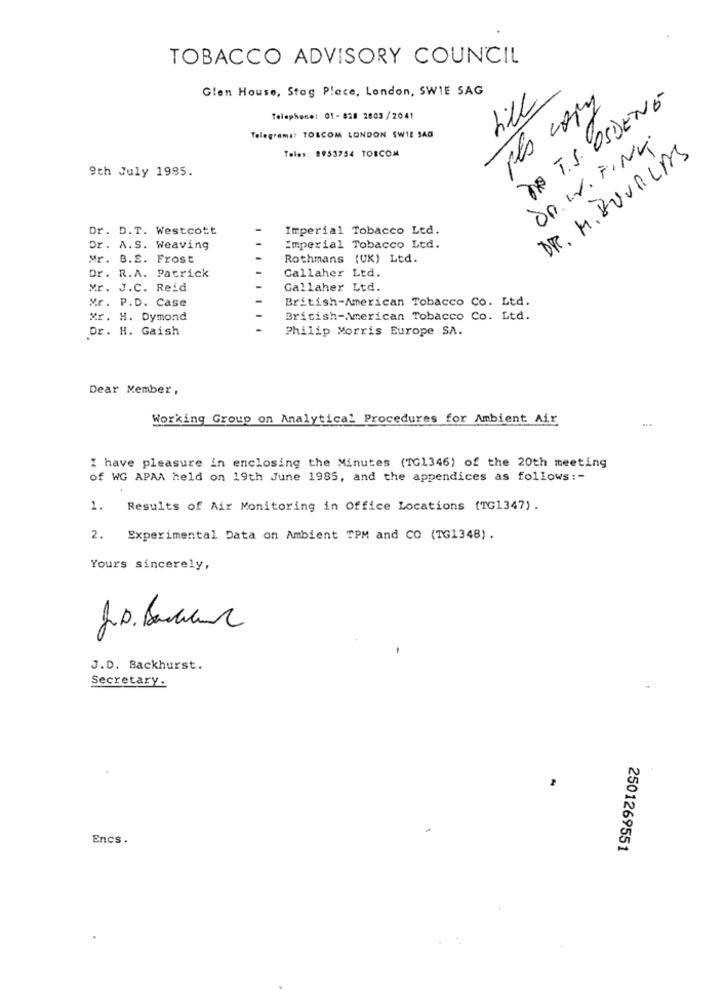
TOBACCO ADVISORY COUNCIL
Glen House, Stag Place, London, SWIE SAG
till
DE T.S. OSDENE
pes copy
Telephone: 01-828 2003/2041
Telegrama: TOLCOM LONDON SW1L SAG
DR. W. FINK
Teles: 8953754 TOBCOM
DR. M. BUVALAS
9th July 1995.
Dr. D.T. Westcott
Imperial Tobacco Ltd.
Dr. A.S. Weaving
Imperial Tobacco Ltd.
Mr. B.E. Frost
Rothmans (UK) Ltd.
Dr. R.A. Patrick
Callaher Ltd.
Mr. J.C. Reid
Gallaher Ltd.
Mr. P.D. Case
British-American Tobacco Co. Ltd.
Mr. H. Dymond
British-American Tobacco Co. Ltd.
Dr. H. Gaish
Philip Morris Europe SA.
Dear Member,
Working Group on Analytical Procedures for Ambient Air
I have pleasure in enclosing the Minutes (TG1346) of the 20th meeting
of WG APAA held on 19th June 1985, and the appendices as follows :-
1. Results of Air Monitoring in Office Locations (TG1347).
2. Experimental Data on Ambient TPM and CO (TG1348) .
Yours sincerely,
J.D. Backhurst.
Secretary.
Encs .
2501269551